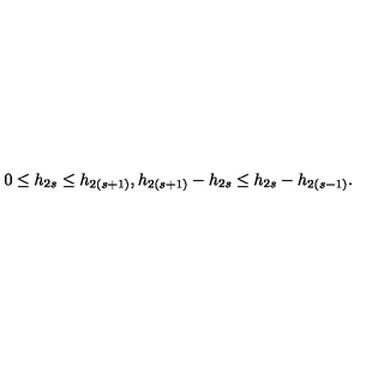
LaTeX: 0 \leq h _ { 2 s } \leq h _ { 2 ( s + 1 ) } , h _ { 2 ( s + 1 ) } - h _ { 2 s } \leq h _ { 2 s } - h _ { 2 ( s - 1 ) } .